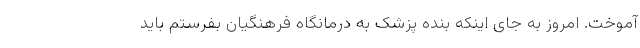
آموخت. امروز به جای اینکه بنده پزشک به درمانگاه فرهنگیان بفرستم باید